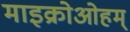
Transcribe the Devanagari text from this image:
माइक्रोओहम्‌